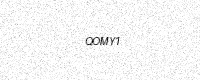
Text: QOMY1